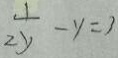
\frac { 1 } { 2 y } - y = 3